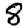
Digit: 8